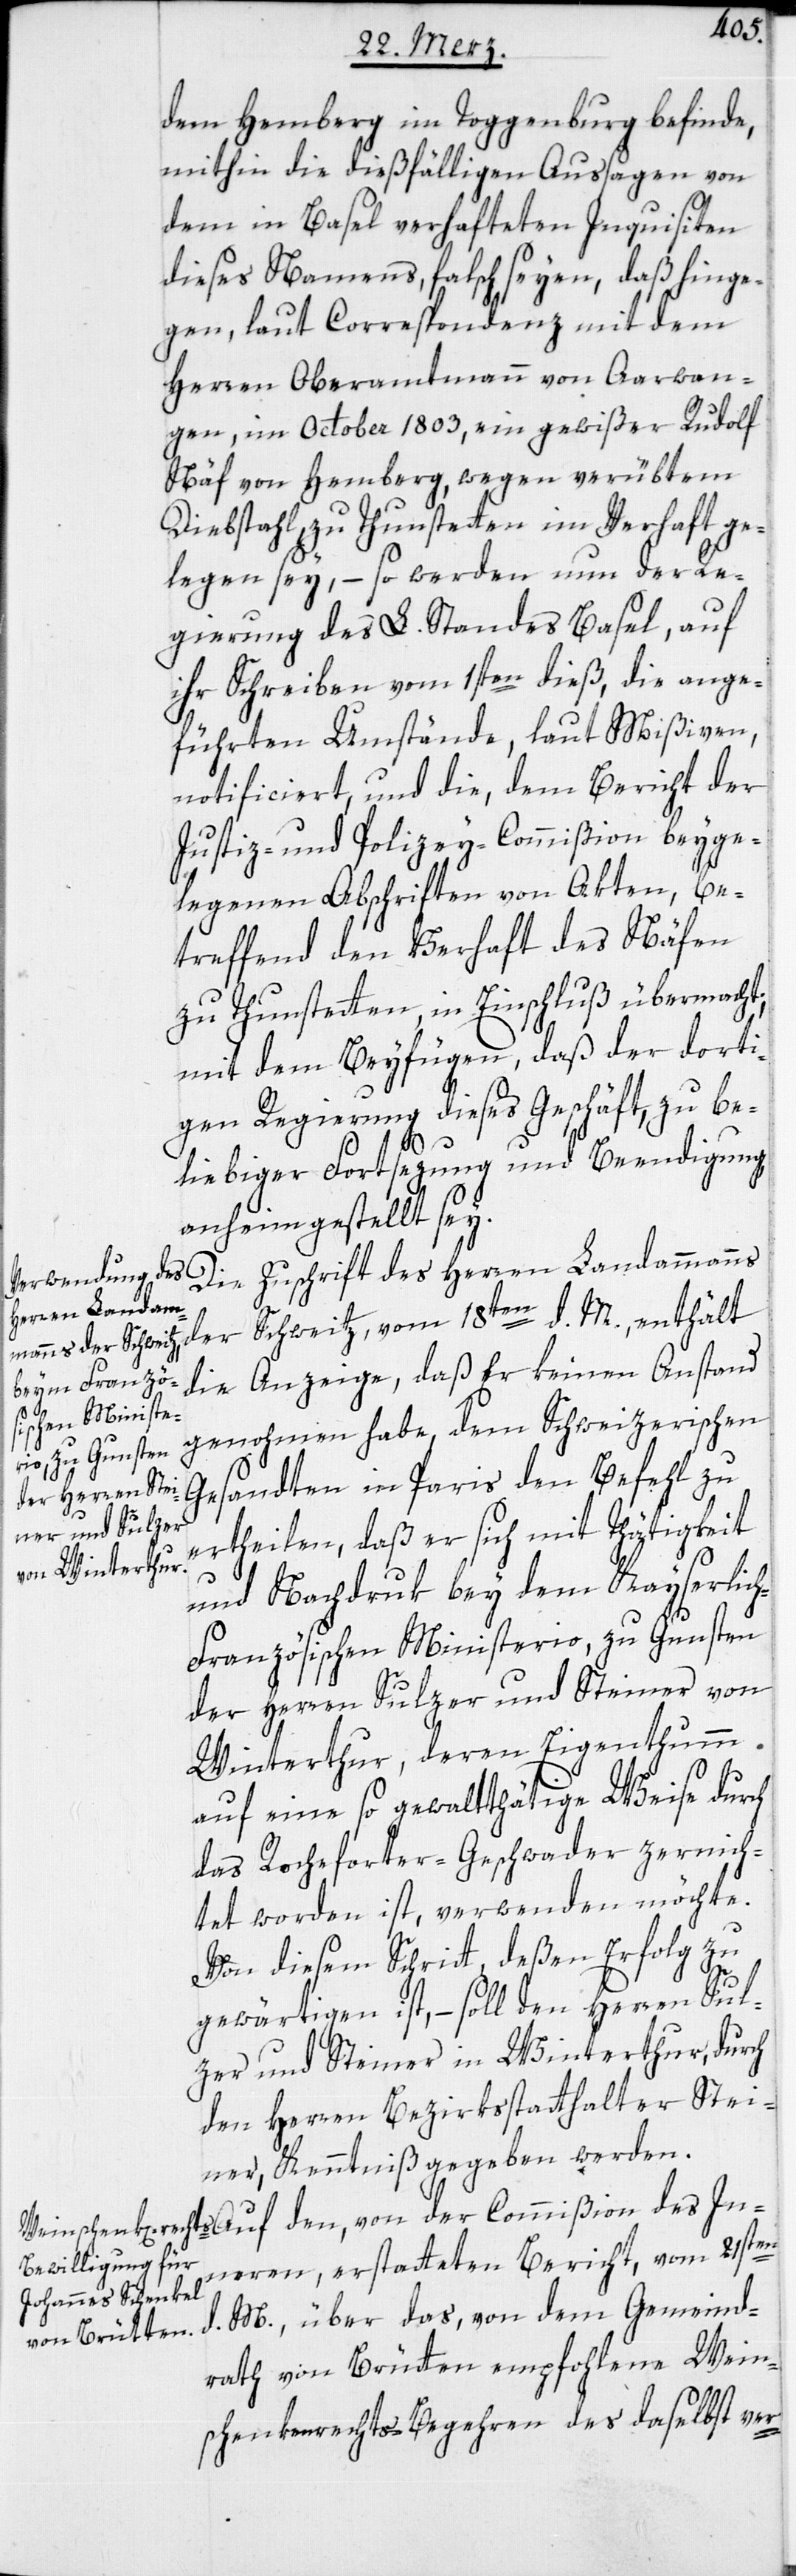
dem Hemberg im Toggenburg befinde,
mithin die dießfälligen Aussagen von
dem in Basel verhafteten Inquisiten
dieses Namens, falsch seyen, daß hinge¬
gen, laut Correspondenz mit dem
Herren Oberamtmann von Aarwan¬
gen, im October 1803, ein gewißer Rudolf
Näf von Hemberg, wegen verübtem
Diebstahl, zu Thunstetten im Verhaft ge¬
legen sey, – so werden nun der Re¬
gierung des L. Standes Basel, auf
ihr Schreiben vom 1sten dieß, die ange¬
führten Umstände, laut Mißiven,
notificiert, und die, dem Bericht der
Justiz- und Polizey-Commißion beyge¬
legenen Abschriften von Akten, be¬
treffend den Verhaft des Näfen
zu Thunstetten, in Einschluß übermacht;
mit dem Beyfügen, daß der dorti¬
gen Regierung dieses Geschäft, zu be¬
In¬
liebiger Fortsezung und Beendigung
anheimgestellt sey.
Die Zuschrift des Herren Landammanns
der Schweitz, vom 18ten d. M., enthält
die Anzeige, daß Er keinen Anstand
genohmen habe, dem Schweizerischen
Gesandten in Paris den Befehl zu
ertheilen, daß er sich mit Thätigkeit
und Nachdruk bey dem Kayserlic¬
h-Französischen Ministerio, zu Gunsten
der Herren Sulzer und Steiner von
Winterthur, deren Eigenthumm
auf eine so gewaltthätige Weise durch
das Rocherforter-Geschwader zernich¬
tet worden ist, verwenden möchte.
Von diesem Schritt, deßen Erfolg zu
gewärtigen ist, – soll den Herren Sul¬
zer und Steiner in Winterthur, durch
den Herren Bezirksstatthalter Stei¬
ner, Kenntniß gegeben werden.
neren, erstatteten Bericht, vom 21sten
d. M., über das, von dem Gemeind¬
rath von Brütten empfohlene Wein¬
schenkenrechts-Begehren des daselbst ver-